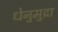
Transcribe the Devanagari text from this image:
धेनुमुद्रा